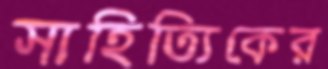
সাহিত্যিকের